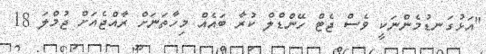
"އަޅުގަނޑުމެންނަކީ ވެސް ޖެޓް ހޭންޑްލް ކުރާ ބައެއް މިހާތަނަށް ރާއްޖެއަށް ޖުމްލަ 18